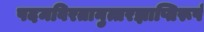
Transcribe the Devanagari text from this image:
पदमविरतानुत्तरज्ञाप्तिरूपं